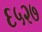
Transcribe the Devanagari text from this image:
६५२७